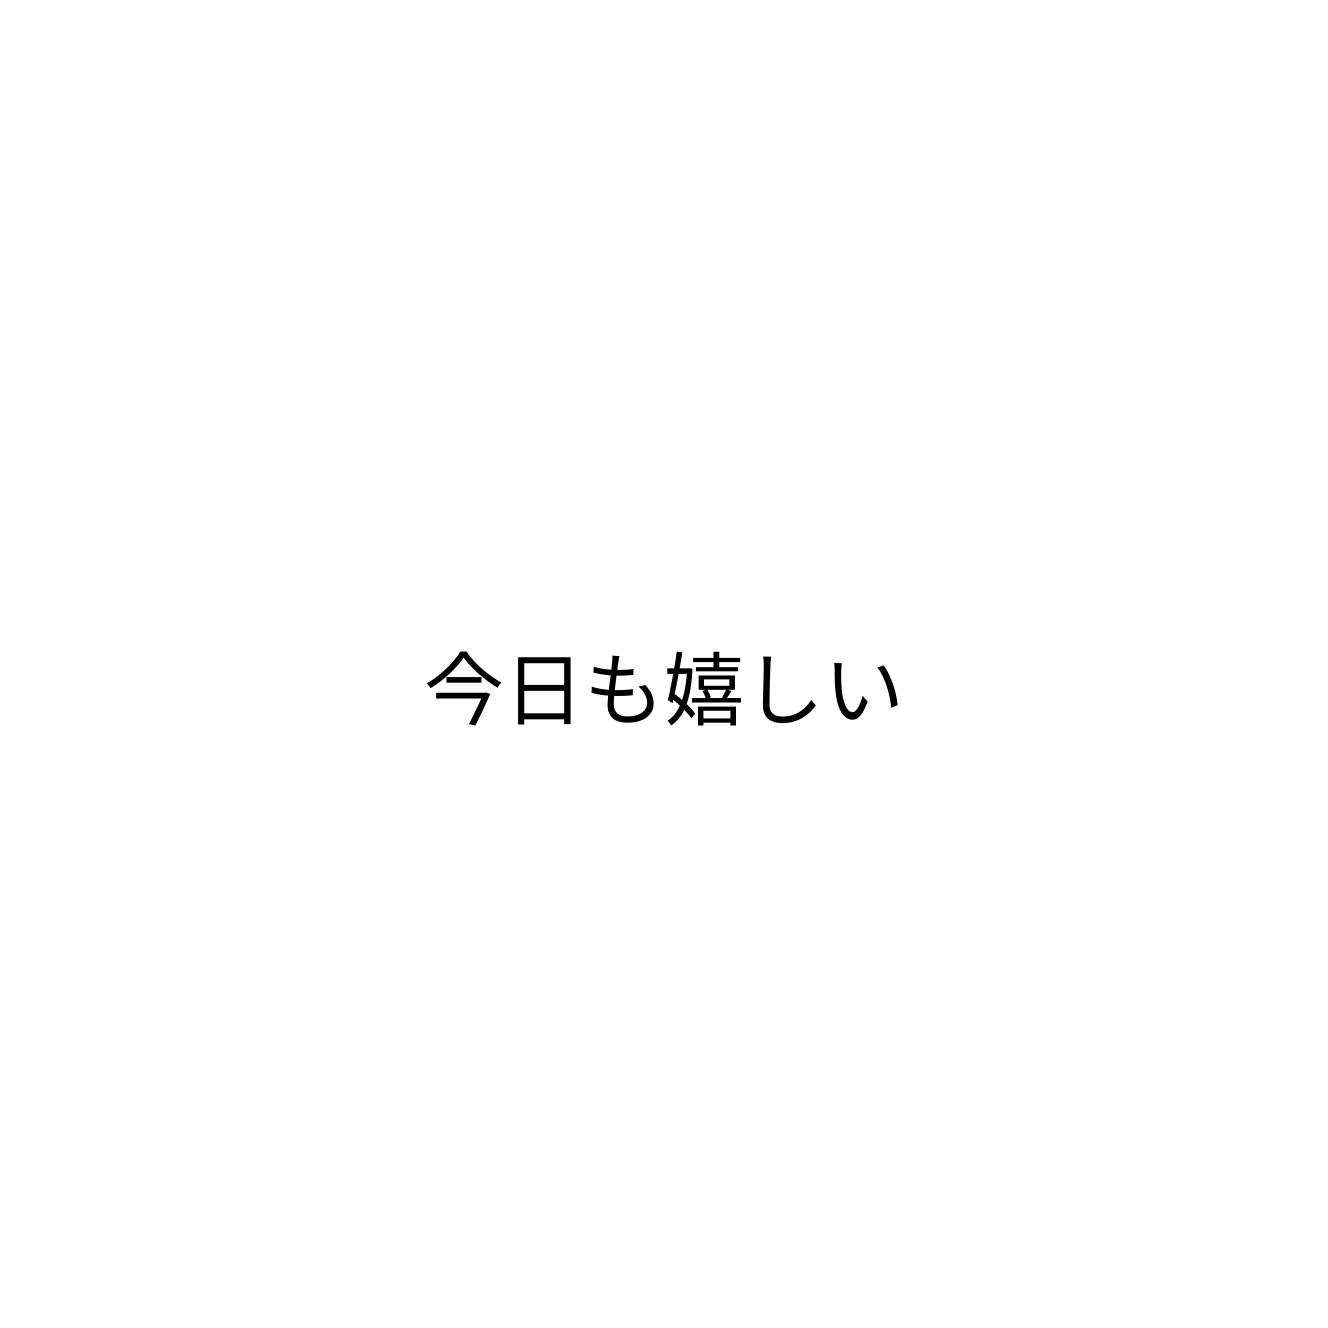
今日も嬉しい